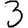
Digit: 3